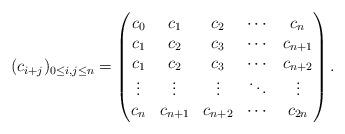
LaTeX: \begin{align*}(c_{i+j})_{0\leq i,j\leq n}=\begin{pmatrix}c_{0} & c_{1} & c_{2} & \cdots & c_{n}\\c_{1} & c_{2} & c_{3} & \cdots & c_{n+1}\\c_{1} & c_{2} & c_{3} & \cdots & c_{n+2}\\\vdots & \vdots & \vdots & \ddots & \vdots\\c_{n} & c_{n+1} & c_{n+2} & \cdots & c_{2n}\end{pmatrix}.\end{align*}